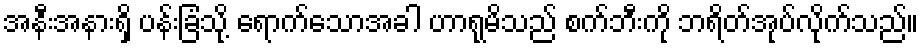
အနီးအနားရှိ ပန်းခြံသို့ ရောက်သောအခါ ဟာရုမိသည် စက်ဘီးကို ဘရိတ်အုပ်လိုက်သည်။